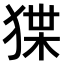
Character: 𤟬